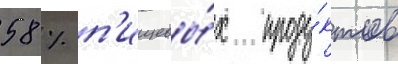
58 % п'ищевы́х проду́ктов